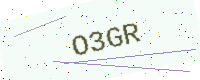
Text: O3GR